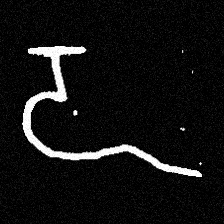
Pyu character \u2014 Myanmar letter: ဍ (romanized: dda)